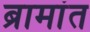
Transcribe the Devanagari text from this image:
ब्रामांत